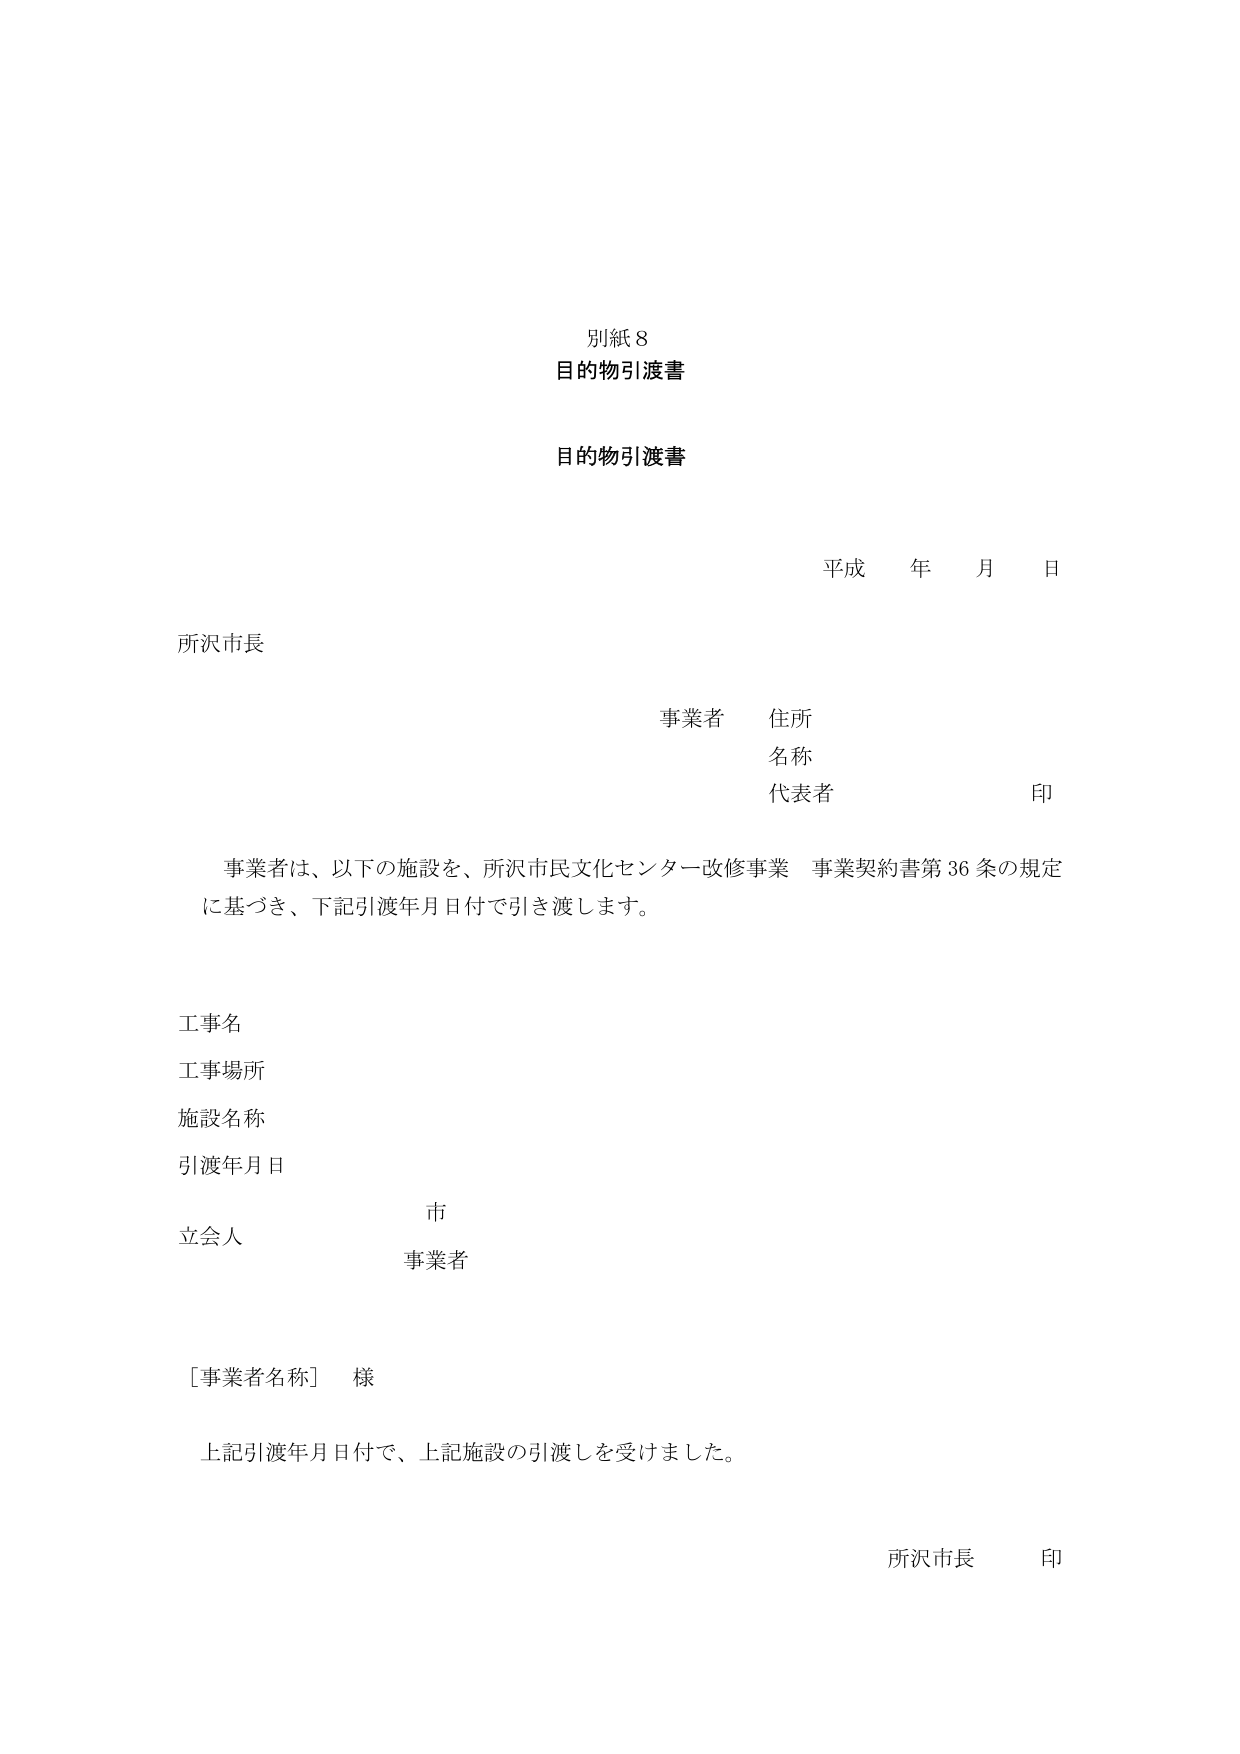
別紙８
目的物引渡書

目的物引渡書

平成 年 月 日

所沢市長

事業者 住所
名称
代表者 印

事業者は、以下の施設を、所沢市民文化センター改修事業 事業契約書第36条の規定
に基づき、下記引渡年月日付で引き渡します。

工事名
工事場所
施設名称
引渡年月日

市
立会人 事業者

［事業者名称］ 様

上記引渡年月日付で、上記施設の引渡しを受けました。

所沢市長 印